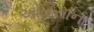
ઓરિસાના